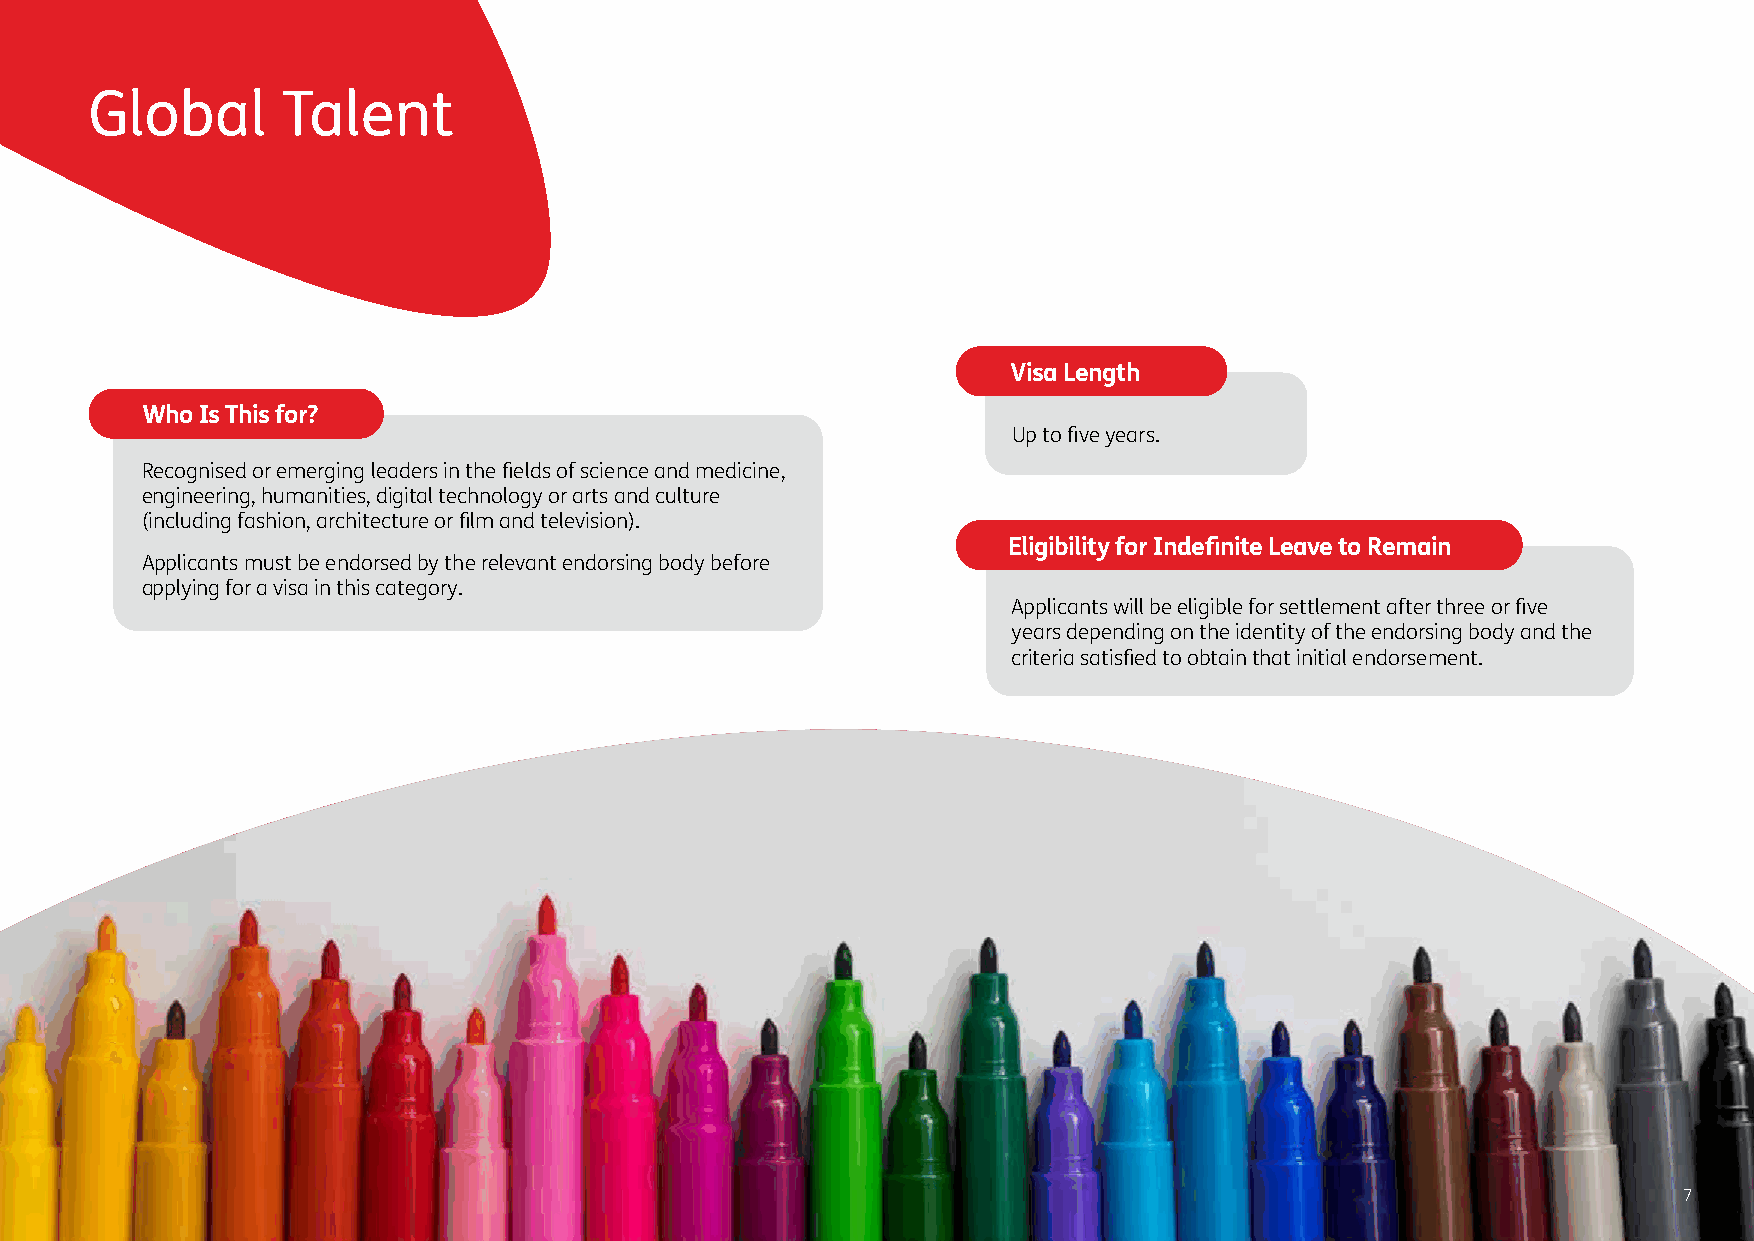
Global       Talent
 Visa Length
 Who Is This for?
 Up to five years.
 Recognised or emerging leaders in the fields of science and medicine,
 engineering, humanities, digital technology or arts and culture
 (including fashion, architecture or film and television).
 Eligibility for Indefinite Leave to Remain
 Applicants must be endorsed by the relevant endorsing body before
 applying for a visa in this category.
 Applicants will be eligible for settlement after three or five
 years depending on the identity of the endorsing body and the
 criteria satisfied to obtain that initial endorsement.
 7